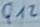
Text: Q12